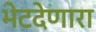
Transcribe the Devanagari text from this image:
भेटदेणारा